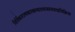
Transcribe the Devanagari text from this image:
निर्विकारात्मकात्सत्वादभावस्तत्राद्यविक्रिया